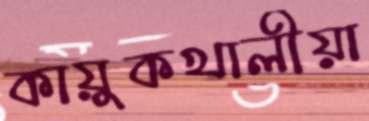
কায়ুকখালীয়া